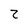
Character: 2